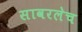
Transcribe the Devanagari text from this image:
सावरलेच